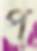
প